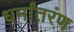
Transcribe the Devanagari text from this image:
धर्मांतरंण